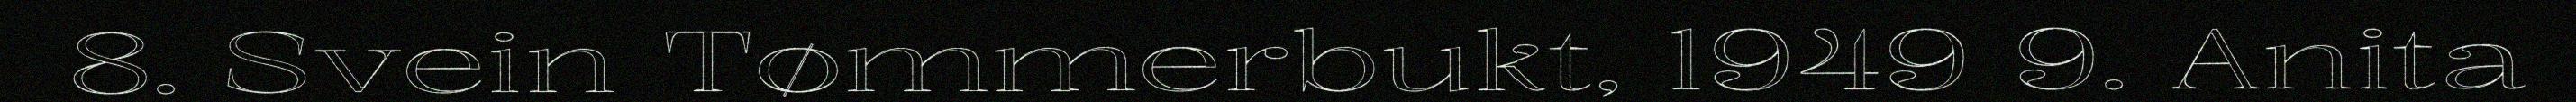
8. Svein Tømmerbukt, 1949 9. Anita